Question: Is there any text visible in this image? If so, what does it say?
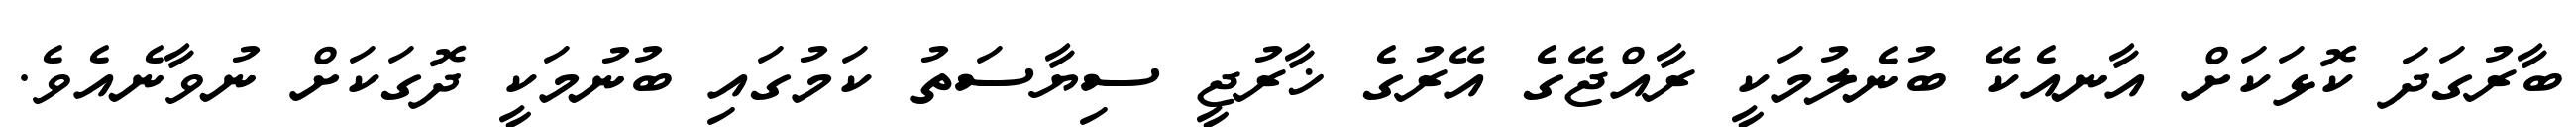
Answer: ބާރުގަދަ ކޮޅަކަށް އާނއެކޭ ބުނެލުމަކީ ރާއްޖޭގެ އޭރުގެ ޚާރުޖީ ސިޔާސަތު ކަމުގައި ބުނުމަކީ ދޮގަކަށް ނުވާނެއެވެ.